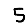
Digit: 5